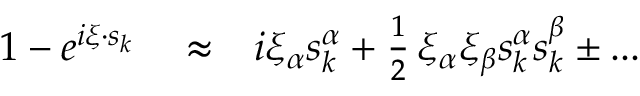
\begin{array} { r l r } { 1 - e ^ { i \xi \cdot s _ { k } } } & { { } \approx } & { i \xi _ { \alpha } s _ { k } ^ { \alpha } + \frac { 1 } { 2 } \, \xi _ { \alpha } \xi _ { \beta } s _ { k } ^ { \alpha } s _ { k } ^ { \beta } \pm . . . } \end{array}